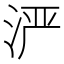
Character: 𬇬